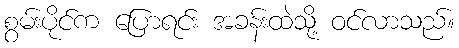
စွမ်းပိုင်က ပြောရင်း အခန်းထဲသို့ ဝင်လာသည်။